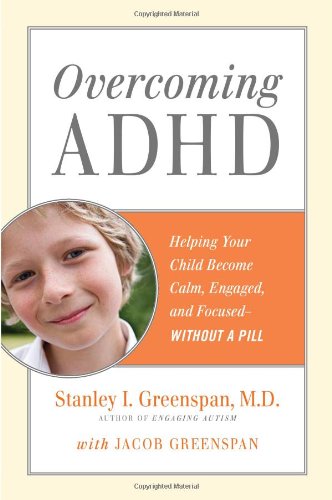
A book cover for Overcoming ADHD: Helping Your Child Become Calm, Engaged, and Focused--Without a Pill; Stanley I. Greenspan; Health, Fitness & Dieting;